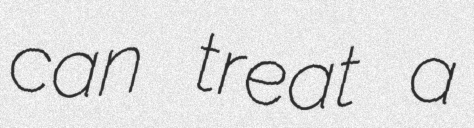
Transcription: can treat a